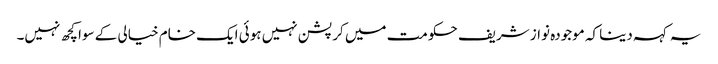
یہ کہہ دینا کہ موجودہ نواز شریف حکومت میں کرپشن نہیں ہوئی ایک خام خیالی کے سوا کچھ نہیں۔